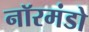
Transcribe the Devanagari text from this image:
नॉरमंडो